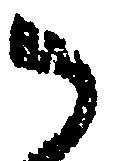
御